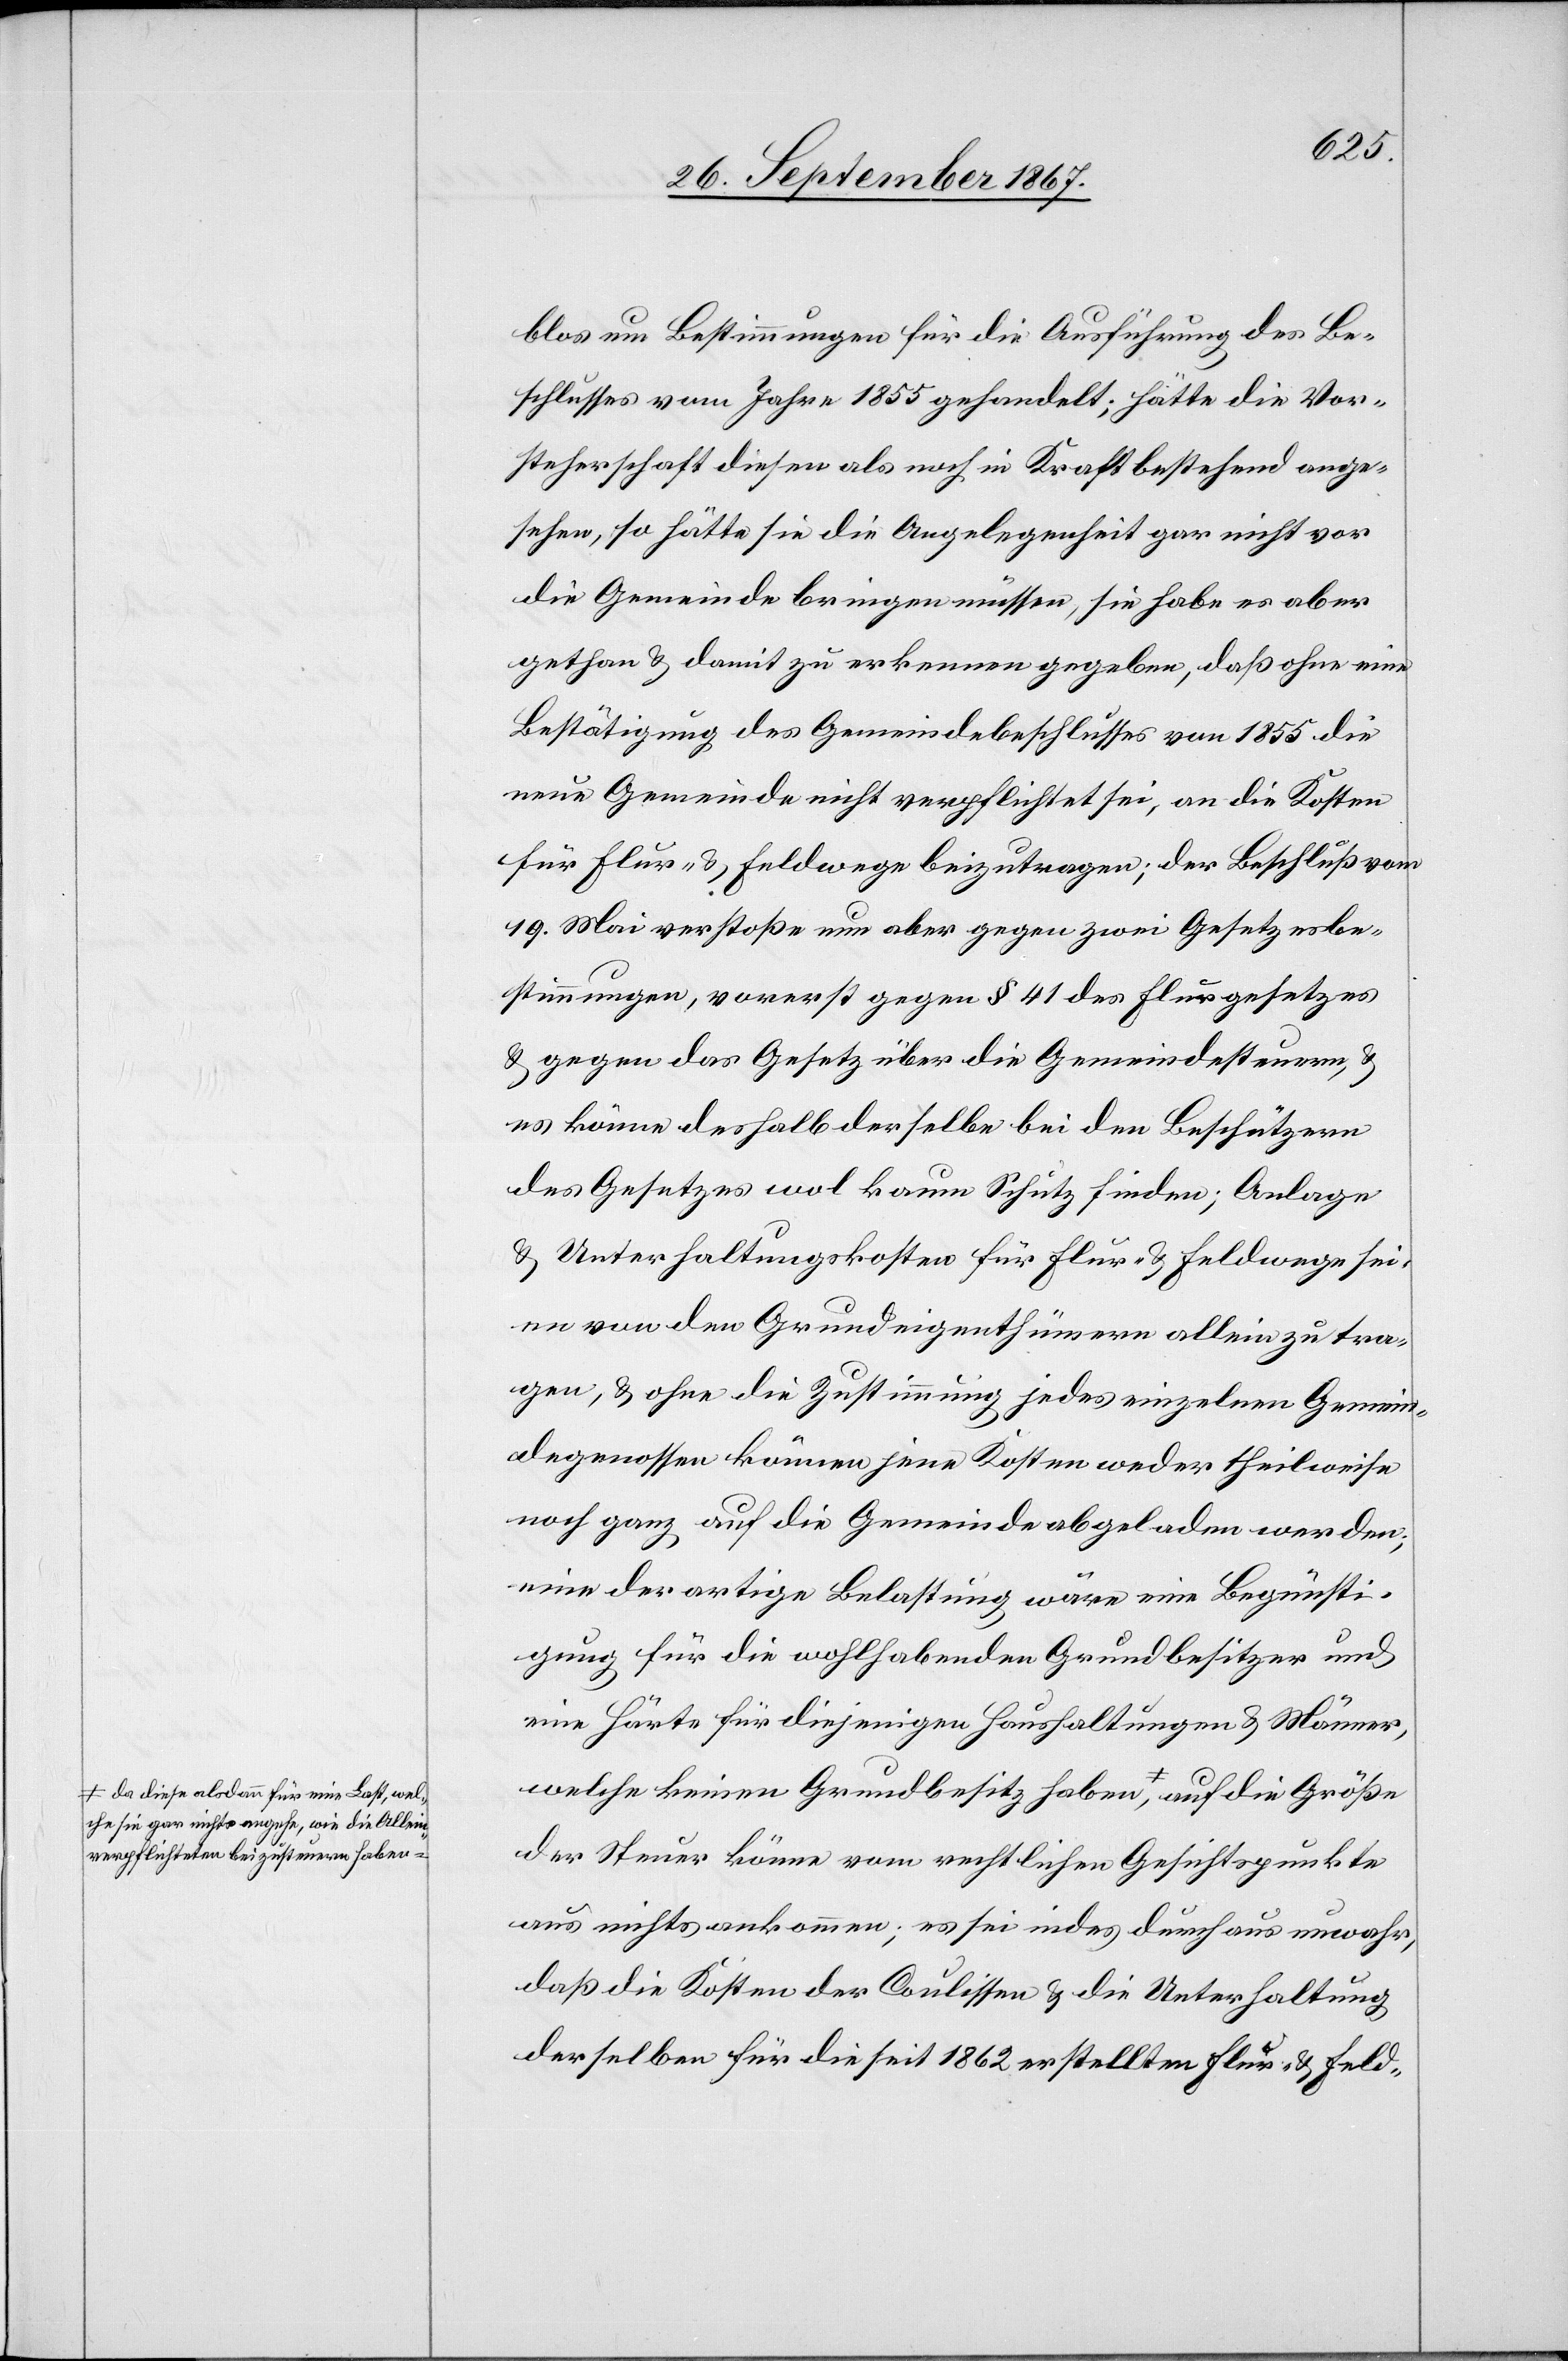
die
he sie gar nichts angehe, wie die Allein¬
verpflichteten beizusteuern haben,

welc¬
blos um Bestimmung für die Ausführung des Be¬
schlusses vom Jahre 1855 gehandelt; hätte die Vor¬
steherschaft diesen als noch in Kraft bestehend ange¬
sehen, so hätte sie die Angelegenheit gar nicht vor
die Gemeinde bringen müssen, sie habe es aber
gethan u. damit zu erkennen gegeben, daß ohne eine
Bestätigung des Gemeindebeschlusses von 1855 die
neue Gemeinde nicht verpflichtet sei, an die Kosten
für Flur- u. Feldwege beizutragen; der Beschluß vom
19. Mai verstoße nun aber gegen zwei Gesetzesbe¬
stimmungen, vorerst gegen § 41 des Flurgesetzes
u. gegen das Gesetz über die Gemeindesteuern u.
es könne deshalb derselbe bei den Beschützern
des Gesetzes wol kaum Schutz finden; Anlage
u. Unterhaltungskosten für Flur- u. Feldwege sei¬
en von den Grundeigenthümern allein zu tra¬
gen, u. ohne die Zustimmung jedes einzelnen Gemein¬
degenossen können jene Kosten weder theilweise
noch ganz auf die Gemeinde abgeladen werden;
eine derartige Belastung wäre eine Begünsti¬
gung für die wohlhabenden Grundbesitzer und
eine Härte für diejenigen Haushaltungen u. Männer,
welche keinen Grundbesitz haben, da diese
der Steuer könne vom rechtlichen Gesichtspunkte
aus nichts ankommen; es sei indes durchaus unwahr,
daß die Kosten der Coulissen u. die Unterhaltung
derselben für die seit 1862 erstellten Flur- u. Feld-